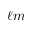
\ell m